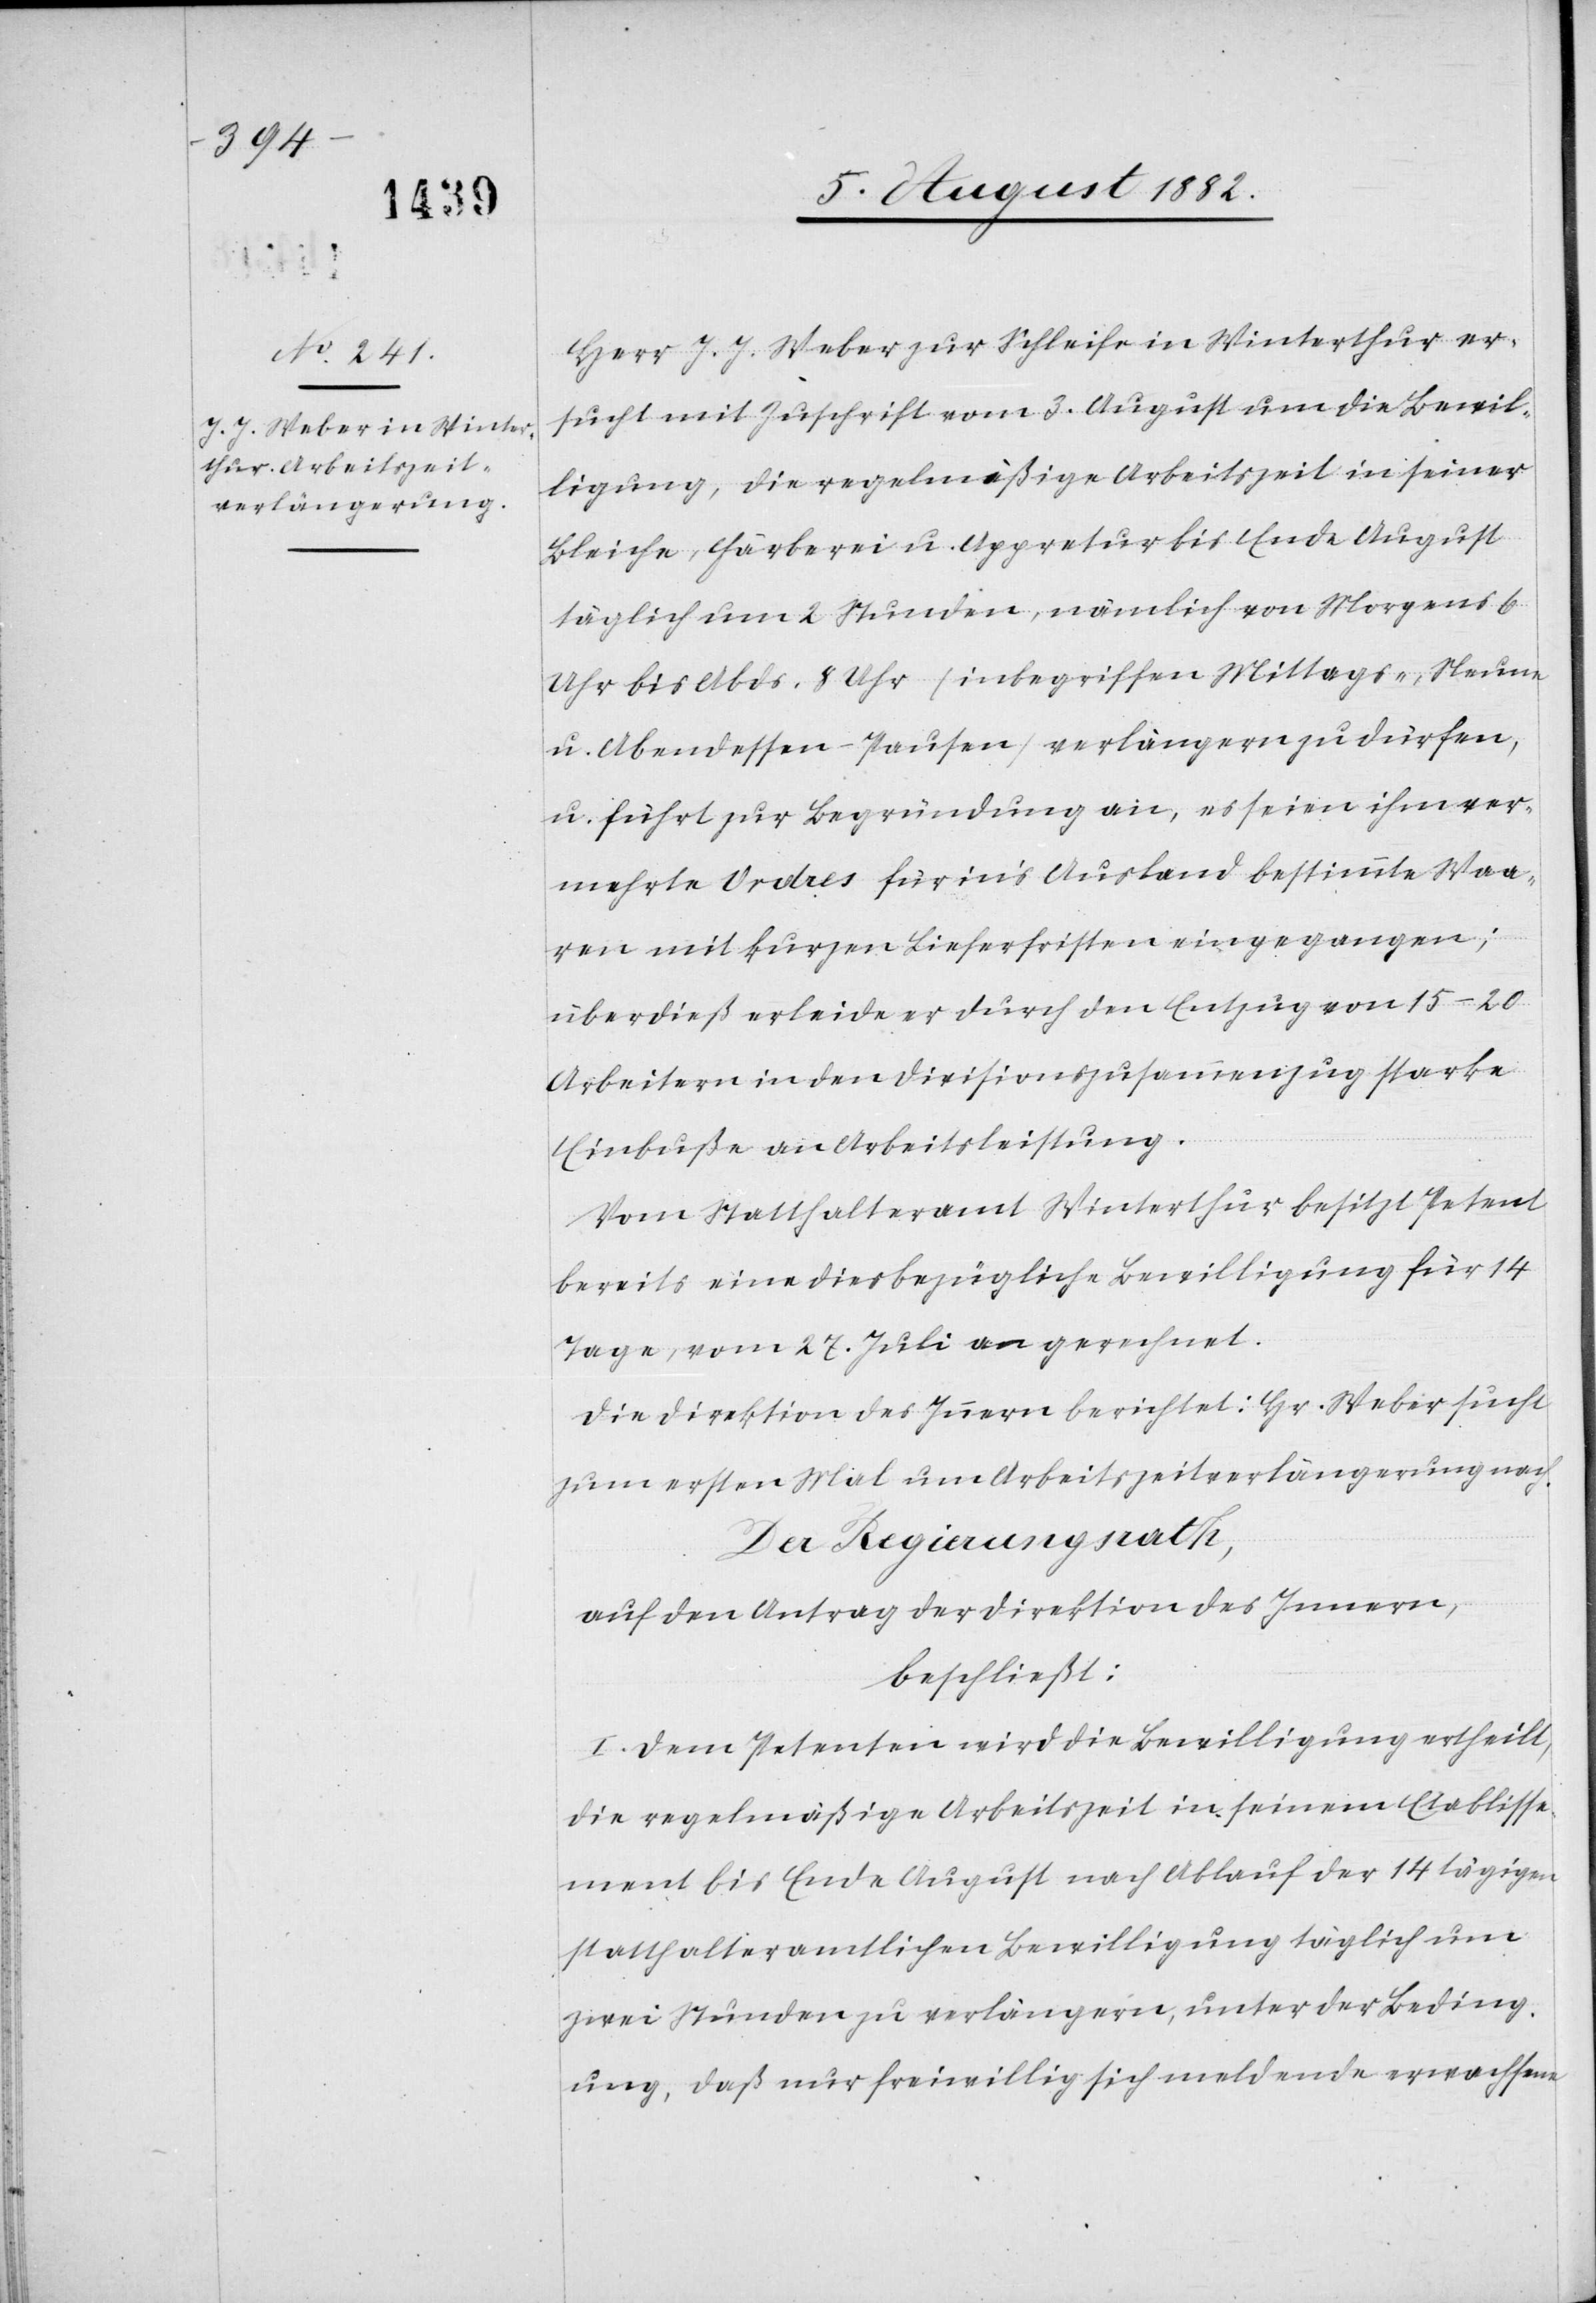
Herr J. J. Weber zur Schleife in Winterthur er¬
sucht mit Zuschrift vom 3. August um die Bewil¬
ligung, die regelmäßige Arbeitszeit in seiner
Bleiche, Färberei u. Appretur bis Ende August
täglich um 2 Stunden, nämlich von Morgens 6
Uhr bis Abds. 8 Uhr (inbegriffen Mittags-, Neune-
u. Abendessen-Pausen) verlängern zu dürfen,
u. führt zur Begründung an, es seien ihm ver¬
mehrte Ordres für in’s Ausland bestimmte Waa¬
ren mit kurzen Lieferfristen eingegangen;
überdieß erleide er durch den Entzug von 15–20
Arbeitern in den Divisionszusammenzug starke
Einbuße an Arbeitsleistung.
Vom Statthalteramt Winterthur besitzt Petent
bereits eine diesbezügliche Bewilligung für 14
Tage, vom 27. Juli an gerechnet.
Die Direktion des Innern berichtet: Hr. Weber sucht
zum ersten Mal um Arbeitszeitverlängerung nach.
Der Regierungsrath,
auf den Antrag der Direktion des Innern,
beschließt:
I. Dem Petenten wird die Bewilligung ertheilt,
die regelmäßige Arbeitszeit in seinem Etablisse¬
ment bis Ende August nach Ablauf der 14 tägigen
statthalteramtlichen Bewilligung täglich um
zwei Stunden zu verlängern, unter der Beding¬
ung, daß nur freiwillig sich meldende erwachsene